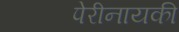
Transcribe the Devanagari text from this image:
पेरीनायकी